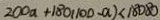
2 0 0 a + 1 8 0 ( 1 0 0 - a ) < 1 8 0 8 0